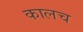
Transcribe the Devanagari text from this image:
कालच